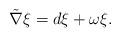
LaTeX: \begin{align*} \tilde{\nabla}\xi=d\xi+\omega\xi.\end{align*}